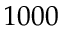
1 0 0 0